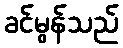
ခင်မွန်သည်